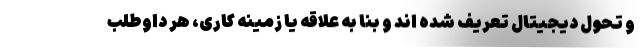
و تحول دیجیتال تعریف شده اند و بنا به علاقه یا زمینه کاری، هر داوطلب